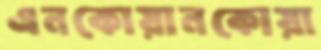
এনকোয়ানকোয়া